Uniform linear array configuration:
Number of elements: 8
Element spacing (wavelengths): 0.25
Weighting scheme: exponential
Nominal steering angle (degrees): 45
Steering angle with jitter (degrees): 44.437
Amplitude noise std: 0.05
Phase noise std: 0.05

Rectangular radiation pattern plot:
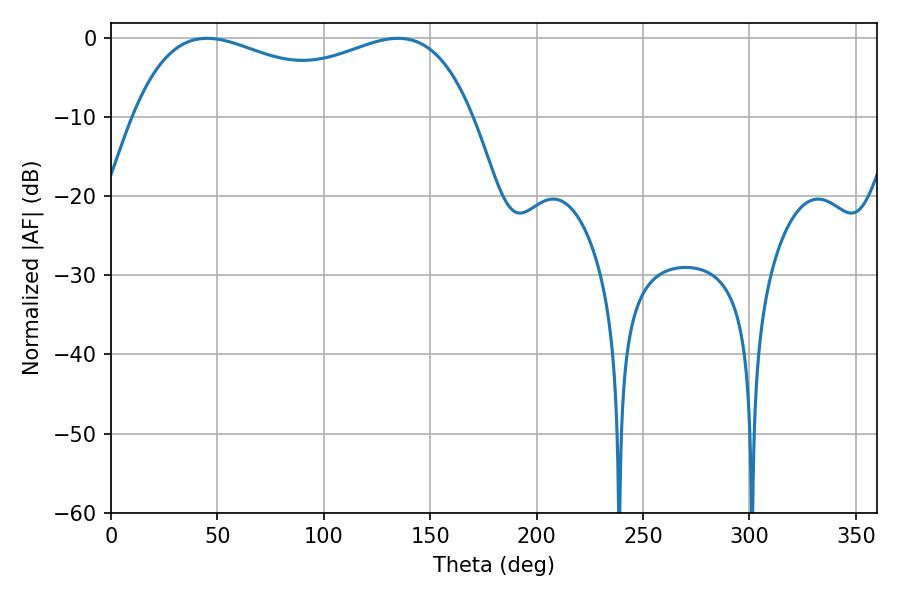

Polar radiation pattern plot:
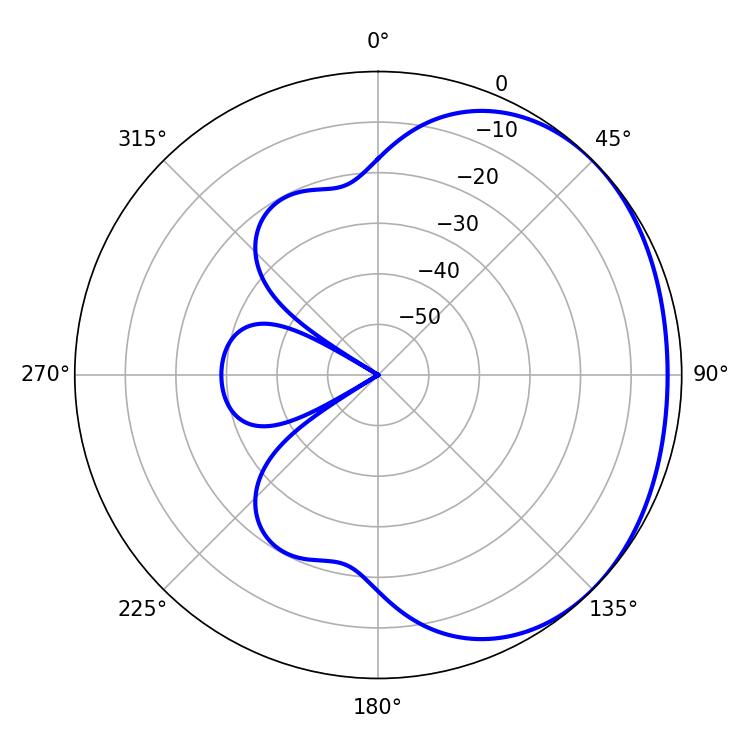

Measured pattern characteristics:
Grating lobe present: FALSE
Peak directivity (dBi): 1.536
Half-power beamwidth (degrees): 131.76
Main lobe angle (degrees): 45.18